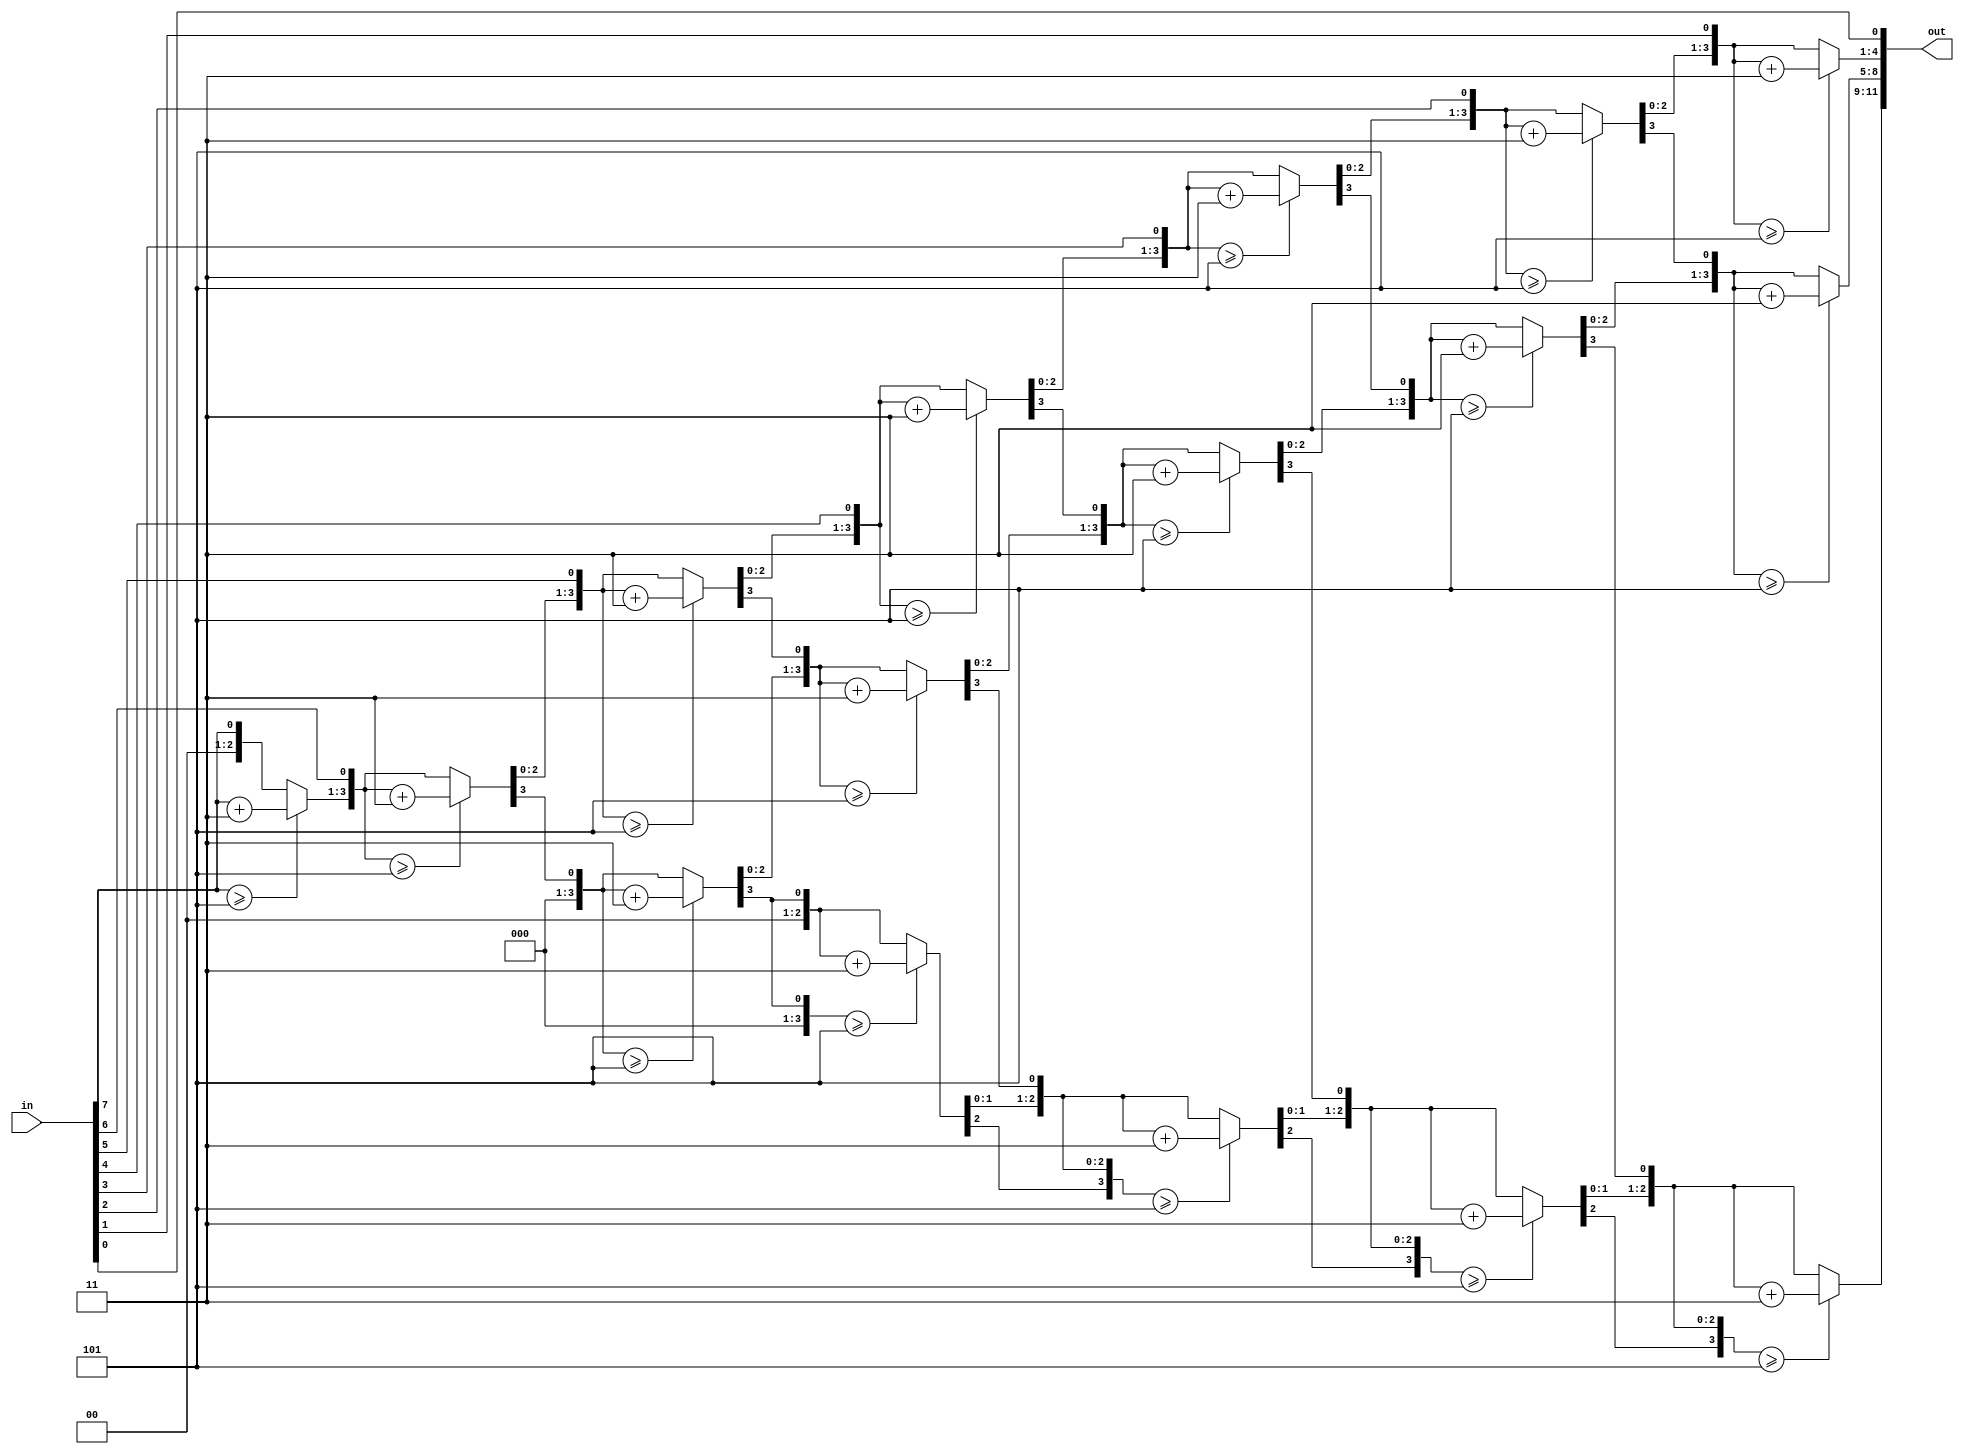
module binary_to_bcd(in, out);

input [7:0] in;
output reg [11:0] out;


integer i;
always @(in)
 begin
    out = 0;

    for (i=0; i<8; i = i + 1) 
    begin	

    if (out[3:0] >= 5)
        out[3:0] = out[3:0] + 3;

	if (out[7:4] >= 5)
        out[7:4] = out[7:4] + 3;

	if (out[11:8] >= 5)
        out[11:8] = out[11:8] + 3;

	out = {out[10:0], in[7-i]};		//Shift one bit

    end

end


endmodule

module seven_seg(input [3:0] in, output reg [6:0] HEX0);

always@(*) begin

if(in == 4'b0000)
    HEX0 = 7'b1000000;

else if(in == 4'b0001)
    HEX0 = 7'b1111001;

 else if(in == 4'b0010)
    HEX0 = 7'b0100100;

 else if(in == 4'b0011)
    HEX0 = 7'b0110000;

 else if(in == 4'b0100)
    HEX0 = 7'b0011001;

else if(in == 4'b0101)
    HEX0 = 7'b0010010;

else if(in == 4'b0110)
    HEX0 = 7'b0000010;

else if(in == 4'b0111)
    HEX0 = 7'b1111000;

else if(in == 4'b1000)
    HEX0 = 7'b0000000;

else if(in == 4'b1001)
    HEX0 = 7'b0010000;

else
    HEX0 = 7'b1111111;

end

endmodule